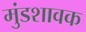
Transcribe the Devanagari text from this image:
मुंडशावक